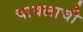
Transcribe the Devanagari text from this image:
चावलाची